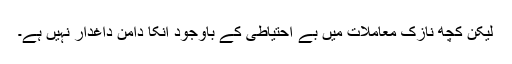
لیکن کچھ نازک معاملات میں بے احتیاطی کے باوجود انکا دامن داغدار نہیں ہے۔